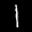
Digit: 1